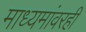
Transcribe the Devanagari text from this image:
माध्यमांवरही